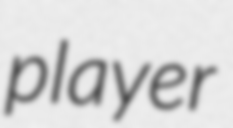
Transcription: player